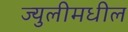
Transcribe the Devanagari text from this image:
ज्युलीमधील